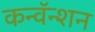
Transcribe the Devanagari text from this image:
कन्वॅन्शन